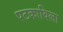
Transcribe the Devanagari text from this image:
पटकाविला